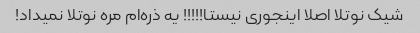
شیک‌ نوتلا اصلا اینجوری نیستا!!!!! یه ذره‌ام مره نوتلا نمیداد!